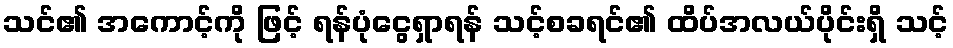
သင်၏ အကောင့်ကို ဖြင့် ရန်ပုံငွေရှာရန် သင့်စခရင်၏ ထိပ်အလယ်ပိုင်းရှိ သင့်